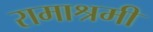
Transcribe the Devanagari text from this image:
रामाश्रमी